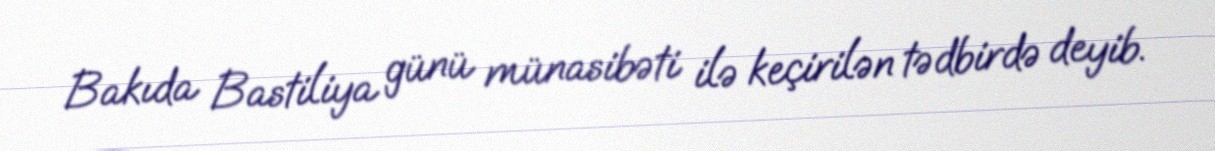
Bakıda Bastiliya günü münasibəti ilə keçirilən tədbirdə deyib.